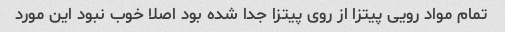
تمام مواد رویی پیتزا از روی پیتزا جدا شده بود اصلا خوب نبود این مورد